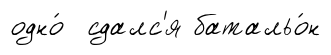
одно́ сдалс'я батальо́н